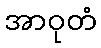
အာဝုတံ